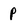
Character: p